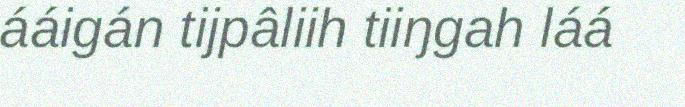
ááigán tijpâliih tiiŋgah láá